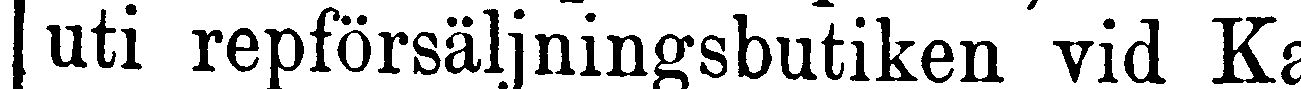
uti repförsäljningsbutiken vid Ka